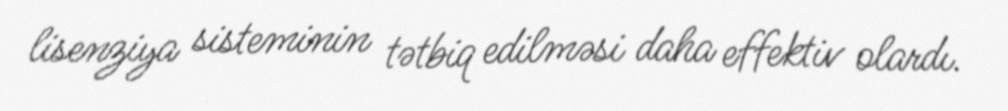
lisenziya sisteminin tətbiq edilməsi daha effektiv olardı.